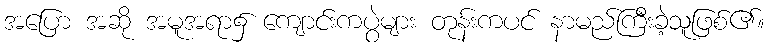
အပြော အဆို အမူအရာ၌ ကျောင်းကပွဲများ တုန်းကပင် နာမည်ကြီးခဲ့သူဖြစ်၏။